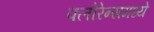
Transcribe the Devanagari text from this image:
फ्लोरेन्समध्ये